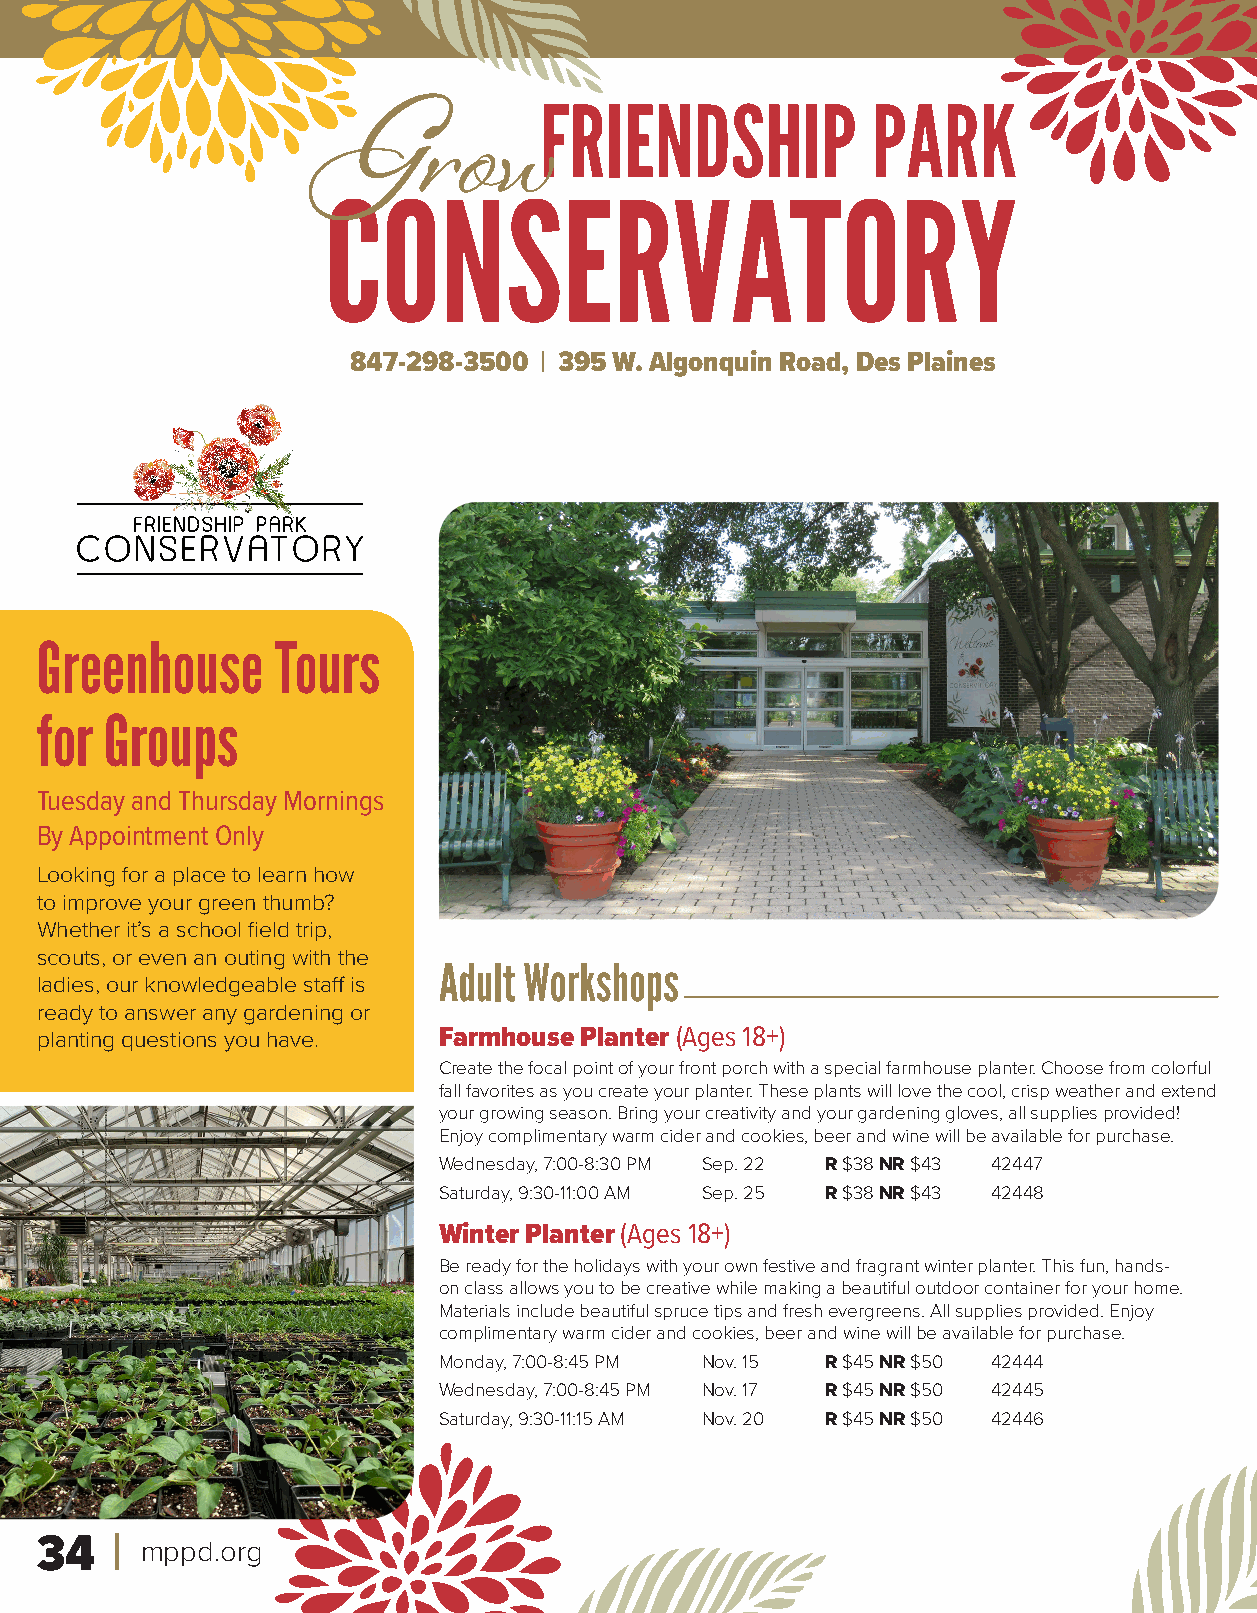
FRIENDSHIP            PARK
 Grow
 CONSERVATORY
 847-298-3500 | 395 W. Algonquin Road, Des Plaines
 Greenhouse      Tours
 for  Groups
 Tuesday and Thursday Mornings
 By Appointment Only
 Looking for a place to learn how
 to improve your green thumb?
 Whether it’s a school field trip,
 scouts, or even an outing with the
 Adult Workshops
 ladies, our knowledgeable staff is
 ready to answer any gardening or
 planting questions you have. Farmhouse Planter (Ages 18+)
 Create the focal point of your front porch with a special farmhouse planter. Choose from colorful
 fall favorites as you create your planter. These plants will love the cool, crisp weather and extend
 your growing season. Bring your creativity and your gardening gloves, all supplies provided!
 Enjoy complimentary warm cider and cookies, beer and wine will be available for purchase.
 Wednesday, 7:00-8:30 PM Sep. 22 R $38 NR $43 42447
 Saturday, 9:30-11:00 AM Sep. 25 R $38 NR $43 42448
 Winter Planter (Ages 18+)
 Be ready for the holidays with your own festive and fragrant winter planter. This fun, hands-
 on class allows you to be creative while making a beautiful outdoor container for your home.
 Materials include beautiful spruce tips and fresh evergreens. All supplies provided. Enjoy
 complimentary warm cider and cookies, beer and wine will be available for purchase.
 Monday, 7:00-8:45 PM Nov. 15 R $45 NR $50 42444
 Wednesday, 7:00-8:45 PM Nov. 17 R $45 NR $50 42445
 Saturday, 9:30-11:15 AM Nov. 20 R $45 NR $50 42446
 34     mppd.org